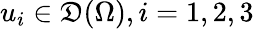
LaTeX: u_{i}\in\mathfrak{D}(\Omega),i=1,2,3